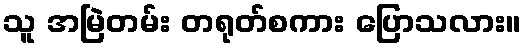
သူ အမြဲတမ်း တရုတ်စကား ပြောသလား။